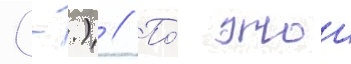
(-.) // По́ этои